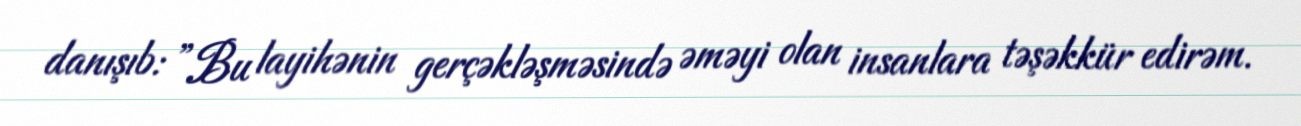
danışıb: ”Bu layihənin gerçəkləşməsində əməyi olan insanlara təşəkkür edirəm.